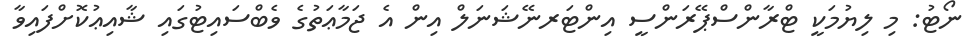
ނޯޓު: މި ލިޔުމަކީ ޓްރާންސްޕޭރަންސީ އިންޓަރނޭޝަނަލް އިން އެ ޖަމާޢަތުގެ ވެބްސައިޓުގައި ޝާއިޢުކޮށްފައިވާ